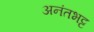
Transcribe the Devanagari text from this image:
अनंतभट्ट